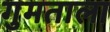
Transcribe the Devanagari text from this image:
गुमताला